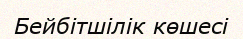
Бейбітшілік көшесі